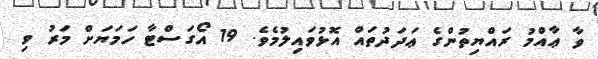
ވާ ޢާއްމު ރައްޔިތުންގެ ޢަދަދުތައް އޮޅުވައިލުމެވެ. 19 އޯގަސްޓާ ހަމަޔަށް މަރު ވި